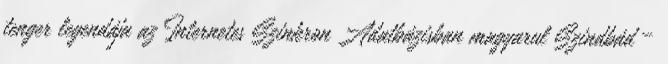
tenger legendája az Internetes Szinkron Adatbázisban magyarul Szindbád –